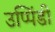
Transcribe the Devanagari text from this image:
उप्पिंडी